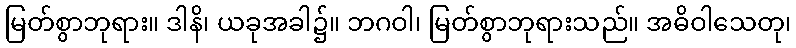
မြတ်စွာဘုရား။ ဒါနိ၊ ယခုအခါ၌။ ဘဂဝါ၊ မြတ်စွာဘုရားသည်။ အဓိဝါသေတု၊